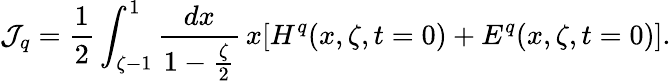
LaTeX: \mathcal{J}_{q}=\frac{{1}}{{2}}\int_{\zeta-1}^{1}\frac{{dx}}{{1-\frac{{\zeta}}{{2}}}}\, x[H^{q}(x,\zeta,t=0)+E^{q}(x,\zeta,t=0)].